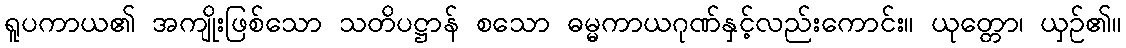
ရူပကာယ၏ အကျိုးဖြစ်သော သတိပဋ္ဌာန် စသော ဓမ္မကာယဂုဏ်နှင့်လည်းကောင်း။ ယုတ္တော၊ ယှဉ်၏။